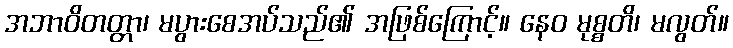
အဘာဝိတတ္တာ၊ မပွားစေအပ်သည်၏ အဖြစ်ကြောင့်။ နေဝ မုစ္စတိ၊ မလွတ်။